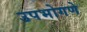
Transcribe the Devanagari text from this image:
उपभोगणे